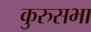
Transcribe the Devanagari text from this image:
कुरुसभा